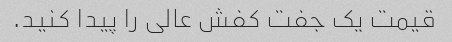
قیمت یک جفت کفش عالی را پیدا کنید.